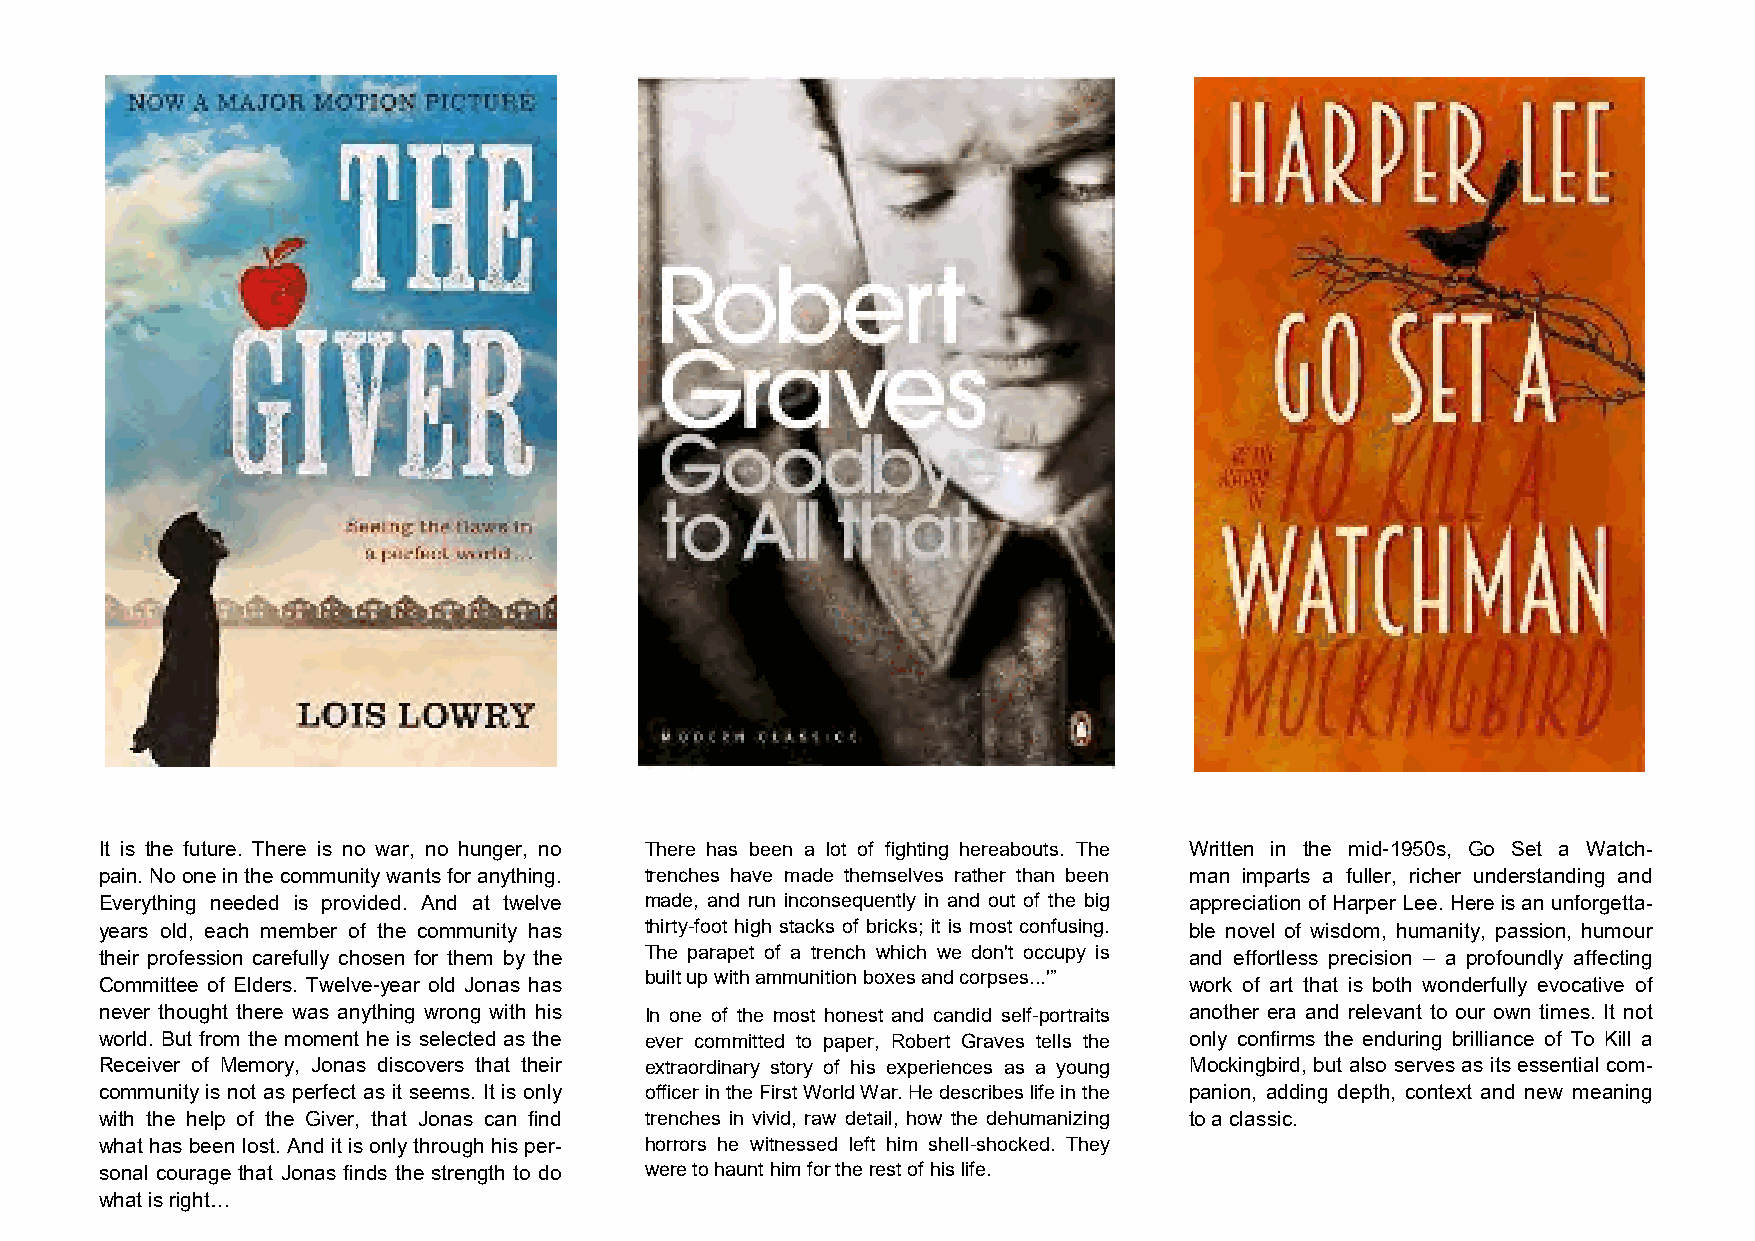
It is the future. There is no war, no hunger, no There has been a lot of fighting hereabouts. The Written in the mid-1950s, Go Set a Watch-
 pain. No one in the community wants for anything. trenches have made themselves rather than been man imparts a fuller, richer understanding and
 Everything needed is provided. And at twelve made, and run inconsequently in and out of the big appreciation of Harper Lee. Here is an unforgetta-
 years old, each member of the community has thirty-foot high stacks of bricks; it is most confusing. ble novel of wisdom, humanity, passion, humour
 their profession carefully chosen for them by the The parapet of a trench which we don't occupy is and effortless precision – a profoundly affecting
 built up with ammunition boxes and corpses...'”
 Committee of Elders. Twelve-year old Jonas has                          work of art that is both wonderfully evocative of
 never thought there was anything wrong with his In one of the most honest and candid self-portraits another era and relevant to our own times. It not
 world. But from the moment he is selected as the ever committed to paper, Robert Graves tells the only confirms the enduring brilliance of To Kill a
 Receiver of Memory, Jonas discovers that their extraordinary story of his experiences as a young Mockingbird, but also serves as its essential com-
 community is not as perfect as it seems. It is only officer in the First World War. He describes life in the panion, adding depth, context and new meaning
 with the help of the Giver, that Jonas can find trenches in vivid, raw detail, how the dehumanizing to a classic.
 what has been lost. And it is only through his per- horrors he witnessed left him shell-shocked. They
 sonal courage that Jonas finds the strength to do were to haunt him for the rest of his life.
 what is right…